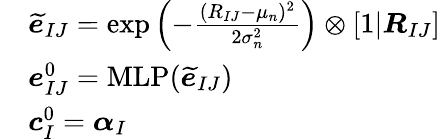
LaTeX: \begin{array}{rl}&{{\boldsymbol{\widetilde{e}}}_{IJ}=\exp\left(-\frac{(R_{IJ}-\mu_{n})^{2}}{2\sigma_{n}^{2}}\right)\otimes\left[1|{\boldsymbol{R}}_{IJ}\right]}\\ &{{\boldsymbol{e}}_{IJ}^{0}=\mathrm{MLP}({\boldsymbol{\widetilde{e}}}_{IJ})}\\ &{{\boldsymbol{c}}_{I}^{0}={\boldsymbol{\alpha}}_{I}}\end{array}